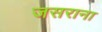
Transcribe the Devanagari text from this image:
जसराना